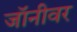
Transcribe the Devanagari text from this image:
जॉनीवर